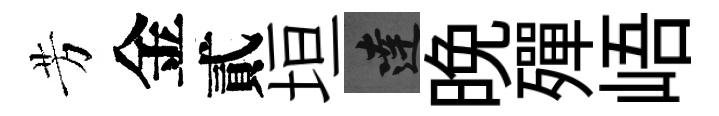
芳金貳垣達晩殫峿